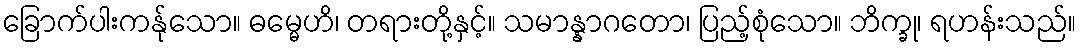
ခြောက်ပါးကန်ုသော။ ဓမ္မေဟိ၊ တရားတို့နှင့်။ သမာန္နာဂတော၊ ပြည့်စုံသော။ ဘိက္ခု၊ ရဟန်းသည်။